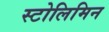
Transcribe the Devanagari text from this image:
स्टोलिमिन